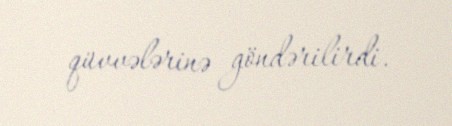
qüvvələrinə göndərilirdi.